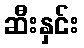
ဆီးနှင်း